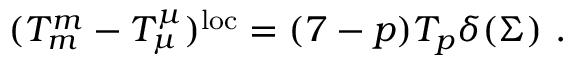
( T _ { m } ^ { m } - T _ { \mu } ^ { \mu } ) ^ { \mathrm { l o c } } = ( 7 - p ) T _ { p } \delta ( \Sigma ) \ .